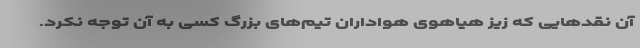
آن نقدهایی که زیز هیاهوی هواداران تیم‌های بزرگ کسی به آن توجه نکرد.